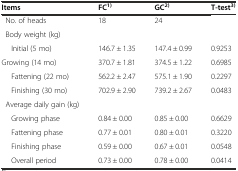
| Items | FC1) | GC2) | T-test3) |
 | --- | --- | --- | --- |
 | No. of heads | 18 | 24 |  |
 | Body weight (kg) |  |  |  |
 | Initial (5 mo) | 146.7 ± 1.35 | 147.4 ± 0.99 | 0.9253 |
 | Growing (14 mo) | 370.7 ± 1.81 | 374.5 ± 1.22 | 0.6985 |
 | Fattening (22 mo) | 562.2 ± 2.47 | 575.1 ± 1.90 | 0.2297 |
 | Finishing (30 mo) | 702.9 ± 2.90 | 739.2 ± 2.67 | 0.0483 |
 | Average daily gain (kg) |  |  |  |
 | Growing phase | 0.84 ± 0.00 | 0.85 ± 0.00 | 0.6629 |
 | Fattening phase | 0.77 ± 0.01 | 0.80 ± 0.01 | 0.3220 |
 | Finishing phase | 0.59 ± 0.00 | 0.67 ± 0.01 | 0.0548 |
 | Overall period | 0.73 ± 0.00 | 0.78 ± 0.00 | 0.0414 |